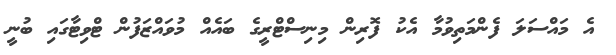
އެ މައްސަލަ ފެންމަތިވުމާ އެކު ފޮރިން މިނިސްޓްރީގެ ބައެއް މުވައްޒަފުން ޓްވިޓާގައި ބުނީ